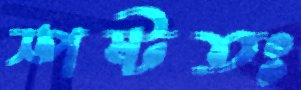
স্পষ্টতঃ